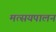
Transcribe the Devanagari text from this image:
मत्सयपालन